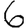
Digit: 6